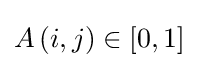
A\left(i,j\right)\in \left[0,1\right]